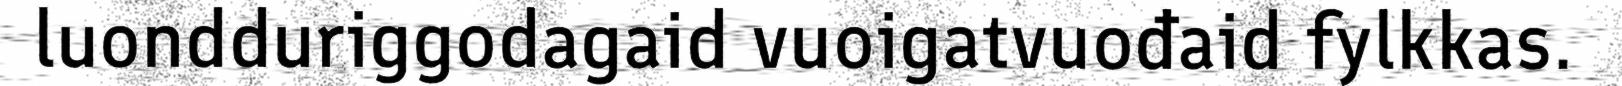
luondduriggodagaid vuoigatvuođaid fylkkas.